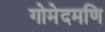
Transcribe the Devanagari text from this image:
गोमेदमणि